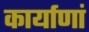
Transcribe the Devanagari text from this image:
कार्याणां